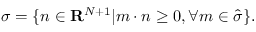
\sigma = \{ n \in { \bf R } ^ { N + 1 } | m \cdot n \geq 0 , \forall m \in \hat { \sigma } \} .